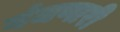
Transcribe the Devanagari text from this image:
गंजणारी